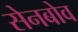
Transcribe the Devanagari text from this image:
सेनबोव